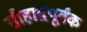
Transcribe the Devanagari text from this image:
सौहार्द्रपूर्वक